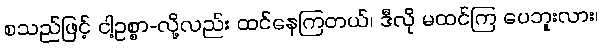
စသည်ဖြင့် ငါ့ဥစ္စာ-လို့လည်း ထင်နေကြတယ်၊ ဒီလို မထင်ကြ ပေဘူးလား၊